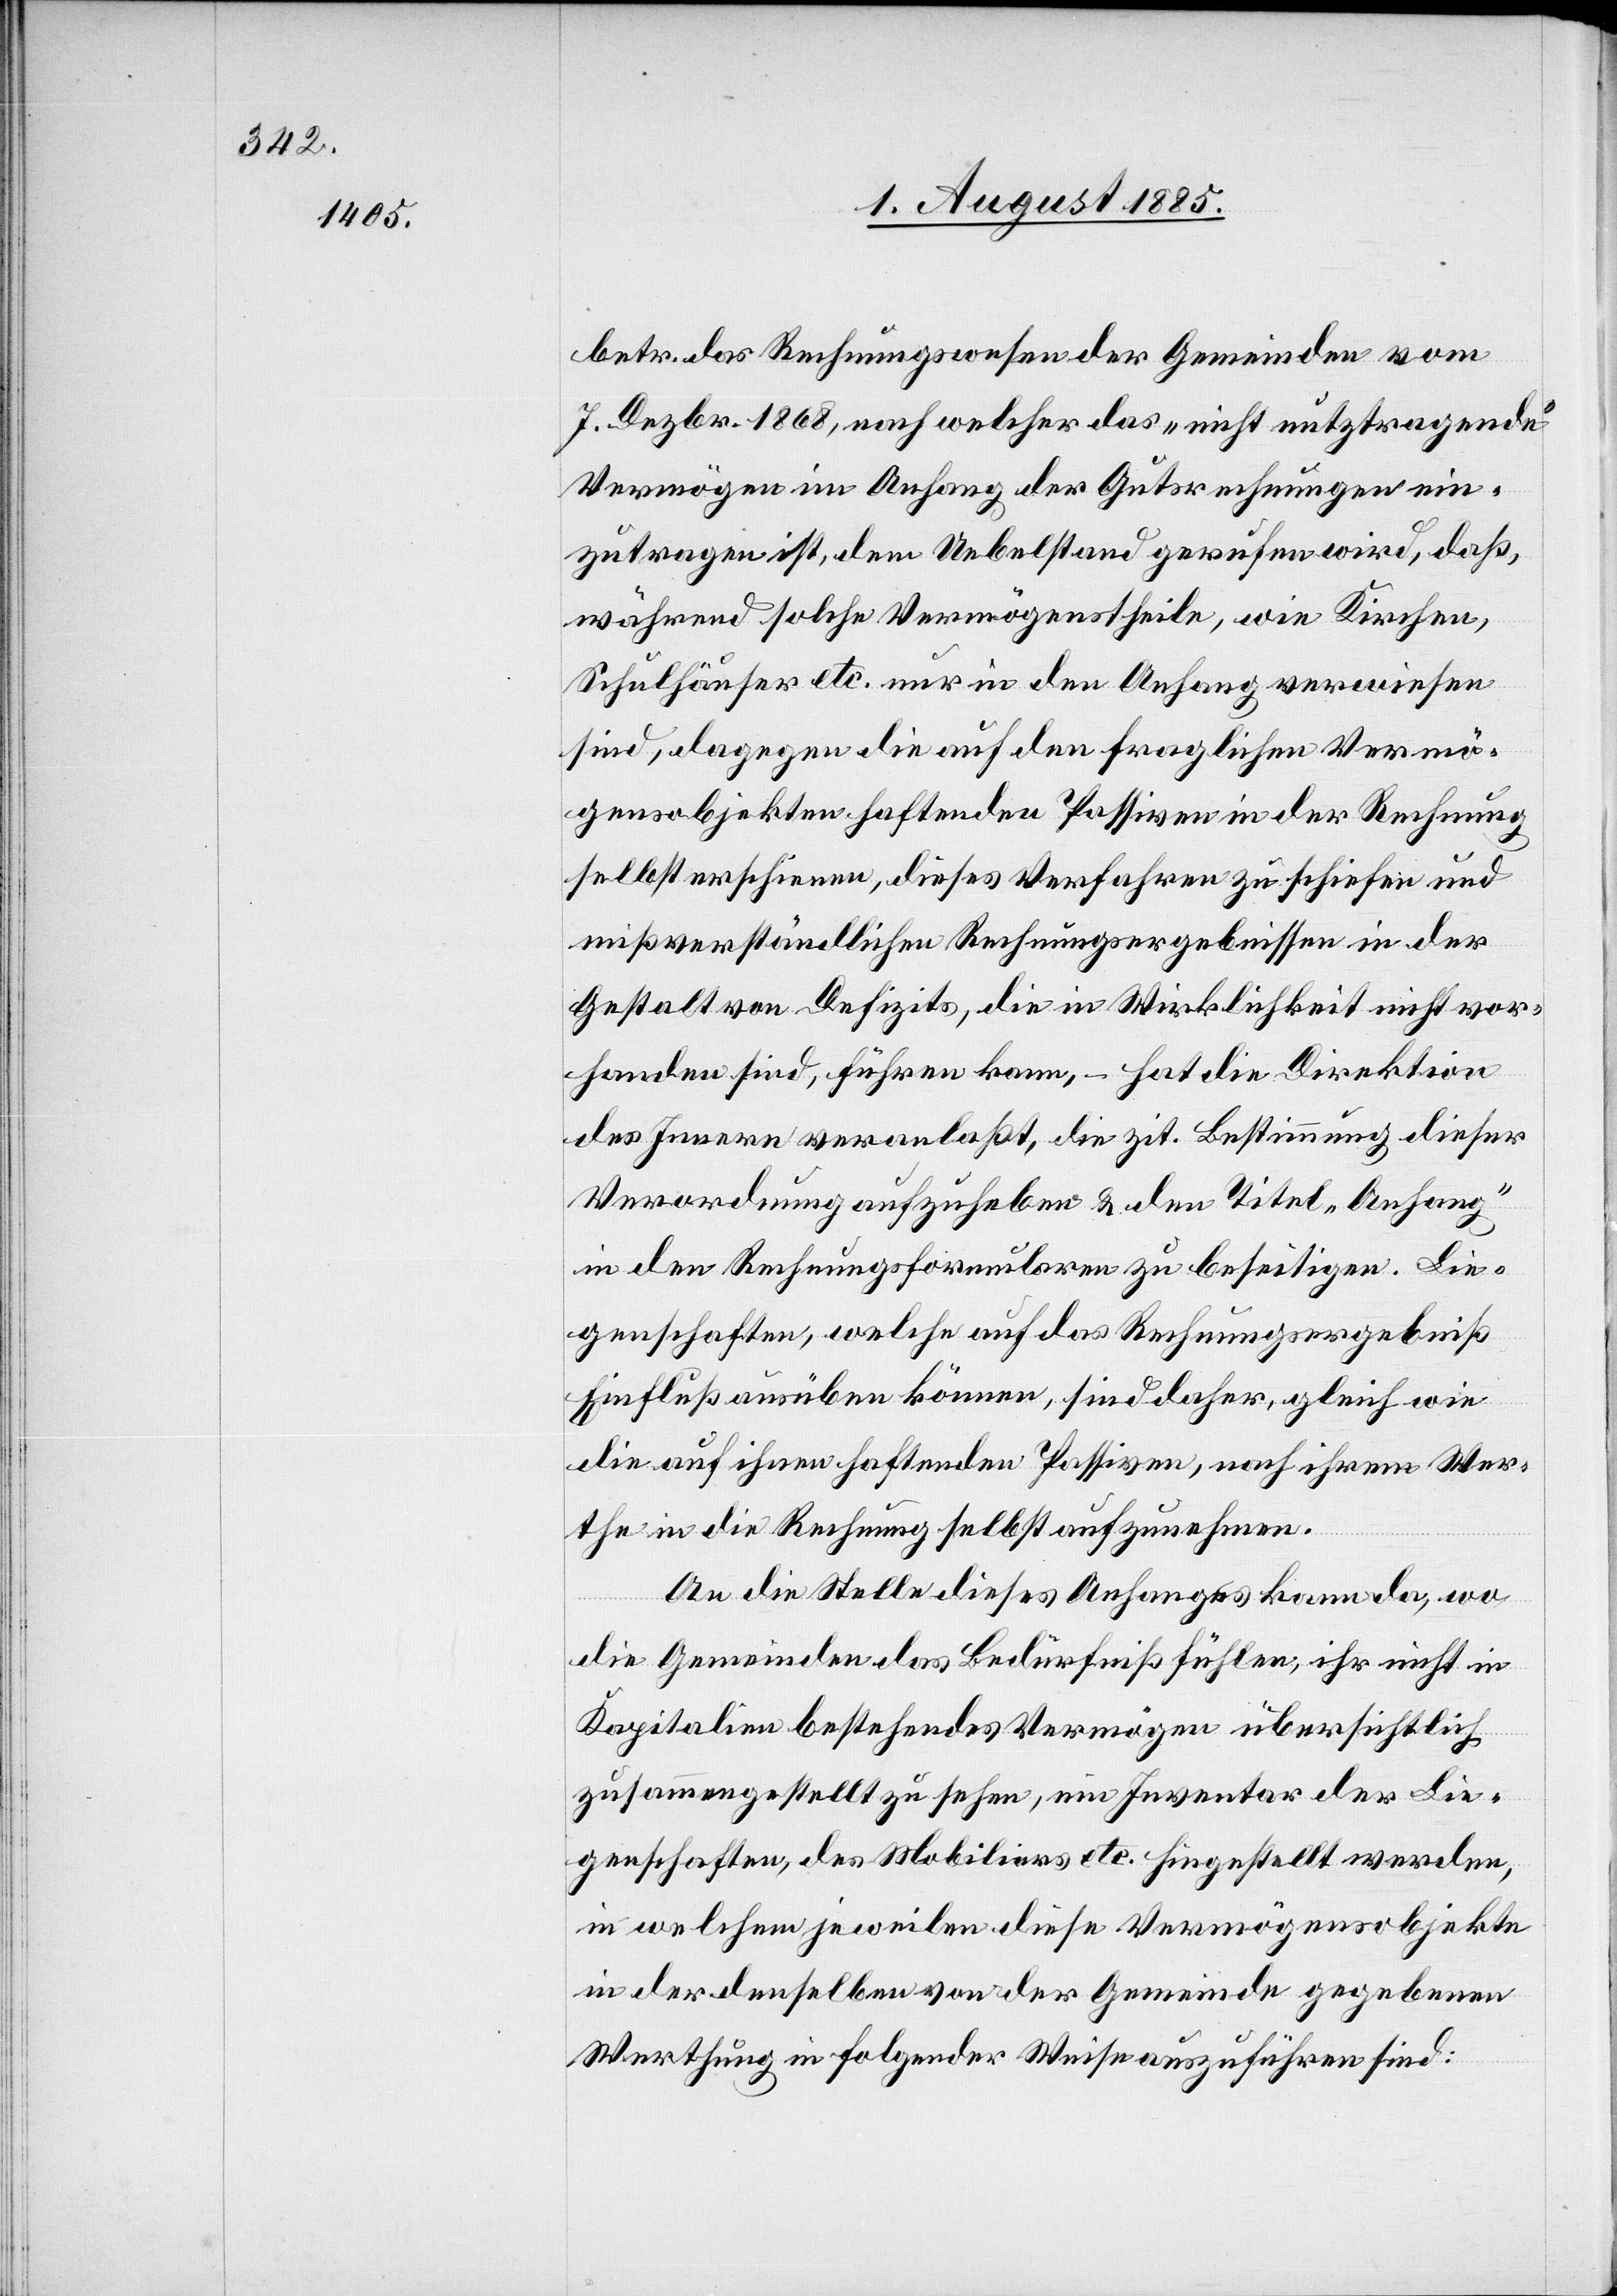
betr. das Rechnungswesen der Gemeinde vom
7. Dezbr. 1868, nach welcher das „nicht nutztragende“
Vermögen im Anfang der Gutsrechnungen ein¬
zutragen ist, dem Uebelstand gerufen wird, daß,
während solche Vermögenstheile, wie Kirchen,
Schulhäuser etc. nur in den Anfang verwiesen
sind, dagegen die auf den fraglichen Vermö¬
gensobjekten haftenden Passiven in der Rechnung
selbst erschienen, dieses Verfahren zu schiefen und
mißverständlichen Rechnungsergebnissen in der
Gestalt von Defizits, die in Wirklichkeit nicht vor¬
handen sind, führen kann, – hat die Direktion
des Innern veranlaßt, die zit. Bestimmung dieser
Verordnung aufzuheben & den Titel „Anhang“
in den Rechnungsformularen zu beseitigen. Lie¬
genschaften, welche auf das Rechnungsergebniß
Einfluß ausüben können, sind daher, gleich wie
die auf ihnen haftenden Passiven, nach ihrem Wer¬
the in die Rechnung selbst aufzunehmen.
An die Stelle dieses Anhanges kann da, wo
die Gemeinden das Bedürfniß fühlen, ihr nicht in
Kapitalien bestehendes Vermögen übersichtlich
zusammengestellt zu sehen, ein Inventar der Lie¬
genschaften, des Mobiliars etc. hingestellt werden,
in welchem jeweilen diese Vermögensobjekte
in der denselben von der Gemeinde gegebenen
Werthung in folgender Weise auszuführen sind: